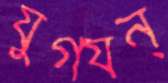
যুগযন্